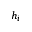
h _ { i }